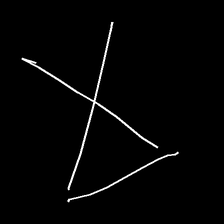
Glyph: collection